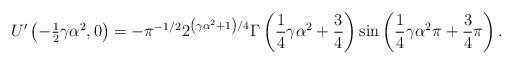
LaTeX: \begin{align*}{U}^{\prime}\left( {-{\tfrac{1}{2}}\gamma\alpha^{2},0}\right) =-\pi^{-1/2}2^{\left( {\gamma\alpha^{2}+1}\right) /4}\Gamma\left( {{\frac{1}{4}}\gamma\alpha^{2}+{\frac{3}{4}}}\right) \sin\left( {{\frac{1}{4}}\gamma\alpha^{2}\pi+{\frac{3}{4}}\pi}\right) . \end{align*}